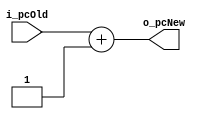
module PC_Adder(
    input  [15:0]   i_pcOld,
    output [15:0]   o_pcNew
);

assign o_pcNew = i_pcOld + 16'd1;

endmodule